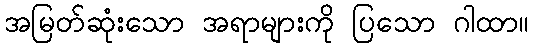
အမြတ်ဆုံးသော အရာများကို ပြသော ဂါထာ။